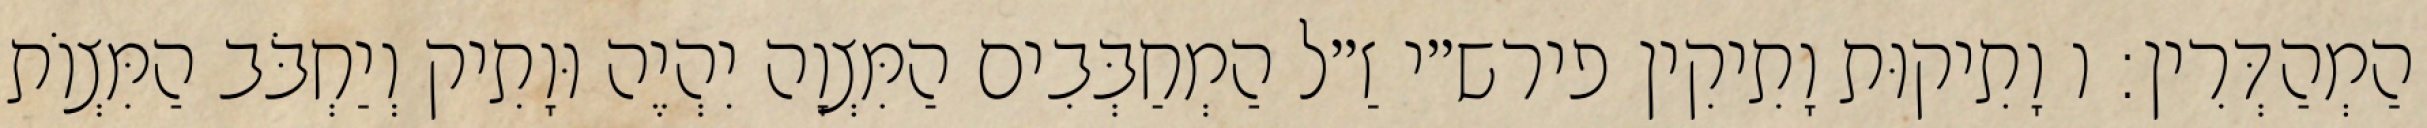
הַמְהַדְּרִין: ו וָתִיקוּת וָתִיקִין פירש״י זַ״ל הַמְחַבְּבִים הַמִּצְוָה יִהְיֶה וּוָתִיק וְיַחְבֹּב הַמִּצְוֹת